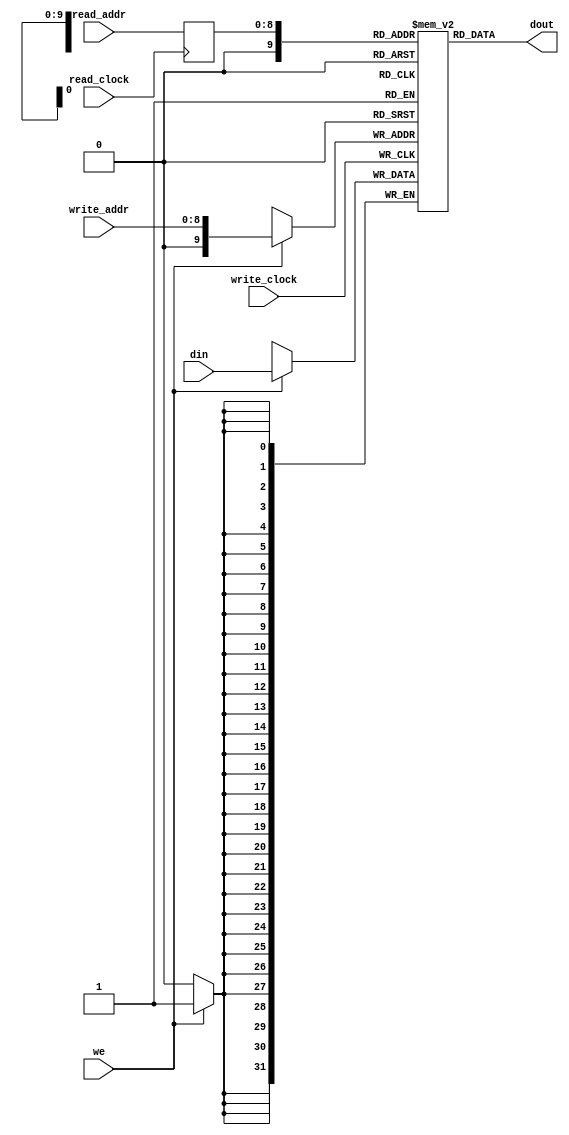
module ram_simple_dp_reg_addr_dc_512x32(
   input      [31:0] din,
   input     [8:0] read_addr, write_addr,       // two addresses
   input     we, read_clock, write_clock, // two clocks
   output  [31:0] dout);
   reg        [31:0] ram[0:512];

   reg       [8:0] read_addr_reg;
   always @ (posedge write_clock)                // write clock
     begin
        if (we)
           ram[write_addr] <= din;
     end
   always @ (posedge read_clock)                 // read clock
     begin
        read_addr_reg <= read_addr;              // register input
     end
   assign dout = ram[read_addr_reg];                // read with registered address
endmodule